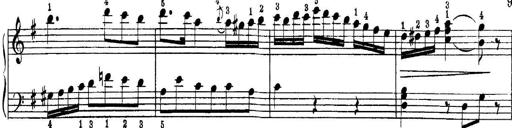
Title: Quatres sonatines
Composer: Tadeusz Joteyko